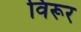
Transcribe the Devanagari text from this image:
विरूर